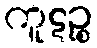
ကူဋဉ္စ